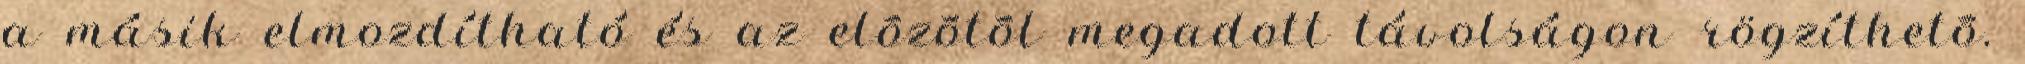
a másik elmozdítható és az elõzõtõl megadott távolságon rögzíthetõ.